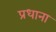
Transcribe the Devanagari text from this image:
प्रधाना